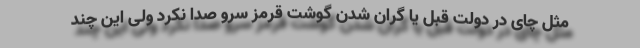
مثل چای در دولت قبل یا گران شدن گوشت قرمز سرو صدا نکرد ولی این چند